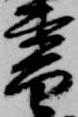
書